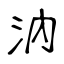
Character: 汭